Vaccination in Bombay 1924-1928 - 1924-1928
Year: 1924
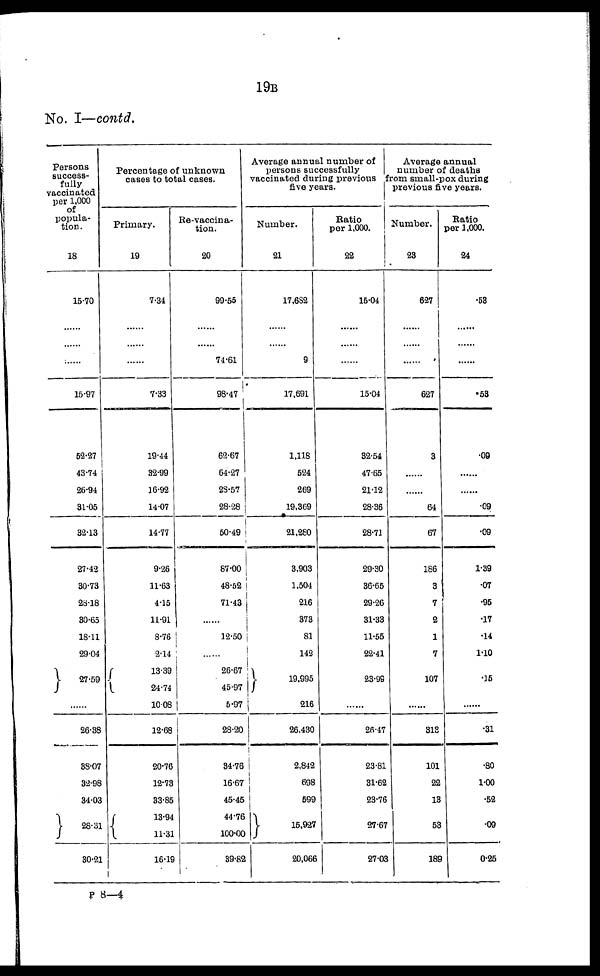
19B
No. I—contd.
Persons
success-
fully
vaccinated
per 1,000
of
popula-
tion.
18
15.70
......
......
......
15.97
52.27
43.74
26.94
31.05
32.13
27.42
30.73
28.18
30.65
18.11
29.04
27.59
......
26.38
38.07
32.98
34.03
28.31
30.21
Percentage of unknown
cases to total cases.
Primary.
19
7.34
......
......
......
7.33
19.44
32.99
16.92
14.07
14.77
9.26
11.63
4.15
11.91
8.76
2.14
13.39
24.74
10.08
12.68
20.76
12.73
33.85
13.94
11.31
16.19
Re-vaccina-
tion.
20
99.55
......
......
74.61
98.47
62.67
64.27
28.57
28.28
50.49
87.00
48.52
71.43
12.50
......
26.67
45.97
5.97
28.20
34.76
16.67
45.45
44.76
100.00
39.82
Average annual number of
persons successfully
vaccinated during previous
five years.
Number.
21
17,682
......
......
9
17,691
1,118
524
269
19,369
21,280
3,903
1,504
216
373
81
142
19,995
216
26,430
2,842
698
599
15,927
20,066
Ratio
per 1,000.
22
15.04
......
......
......
15.04
32.54
47.65
21.12
28.36
28.71
29.30
36.65
29.26
31.33
11.55
22.41
23.99
......
26.47
23.81
31.62
23.76
27.67
27.03
Average annual
number of deaths
from small-pox during
previous five years.
Number.
23
627
......
......
......
627
3
......
......
64
67
186
3
7
2
1
7
107
......
313
101
22
13
53
189
Ratio
per 1,000.
24
.53
......
......
......
.53
.09
......
......
.09
.09
1.39
.07
.95
.17
.14
1.10
.15
......
.31
.80
1.00
.52
.09
0.25
P 8—4